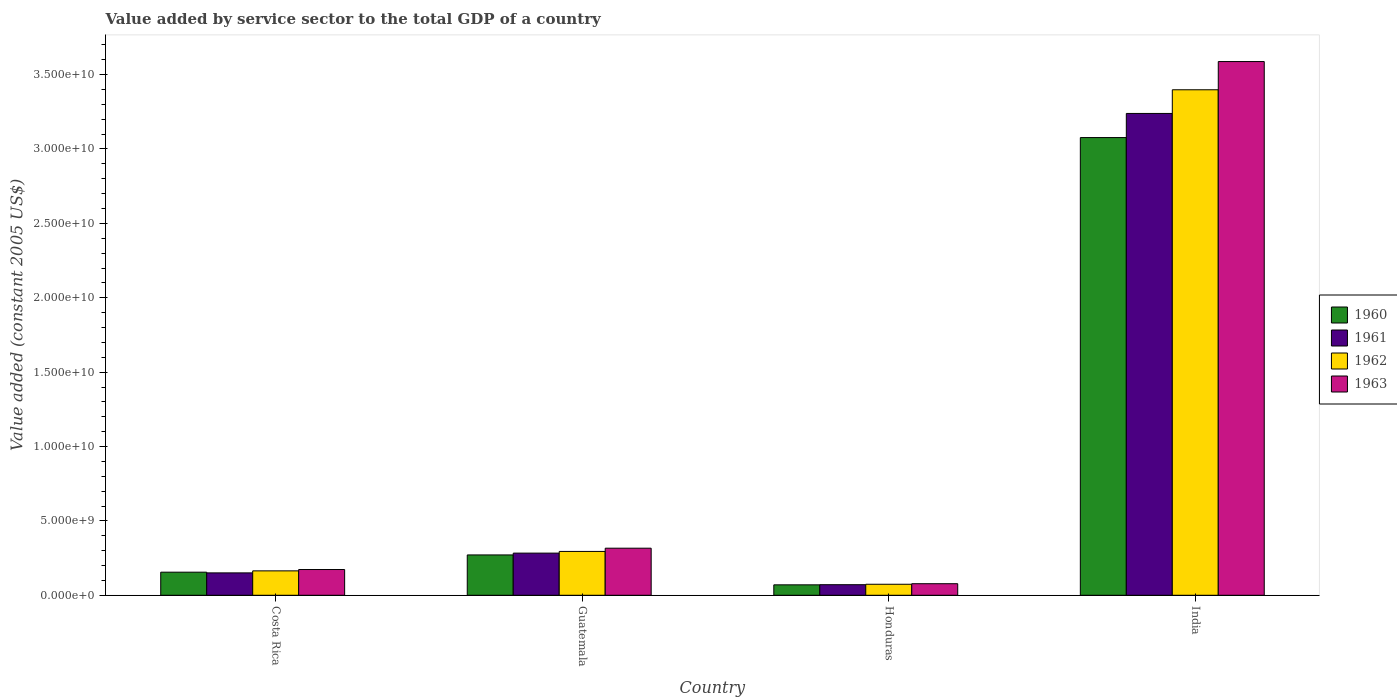
| Country | 1960 | 1961 | 1962 | 1963 |
 | --- | --- | --- | --- | --- |
 | Costa Rica | 1.55e+09 | 1.51e+09 | 1.64e+09 | 1.73e+09 |
 | Guatemala | 2.71e+09 | 2.83e+09 | 2.95e+09 | 3.16e+09 |
 | Honduras | 7.01e+08 | 7.12e+08 | 7.41e+08 | 7.78e+08 |
 | India | 3.08e+10 | 3.24e+10 | 3.4e+10 | 3.59e+10 |